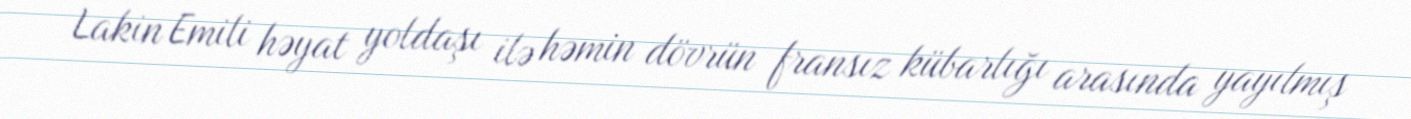
Lakin Emili həyat yoldaşı ilə həmin dövrün fransız kübarlığı arasında yayılmış